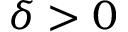
\delta > 0